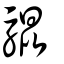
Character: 騉